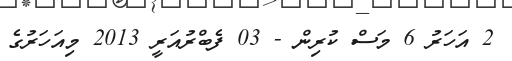
2 އަހަރު 6 މަސް ކުރިން - 03 ފެބްރުއަރީ 2013 މިއަހަރުގެ